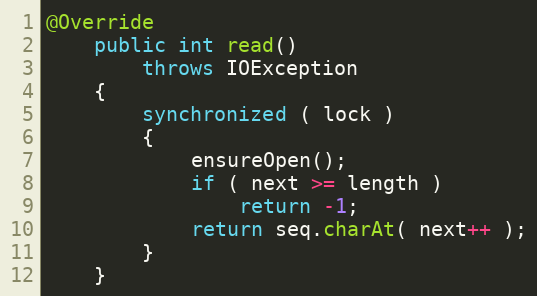
Language: Java
@Override
    public int read()
        throws IOException
    {
        synchronized ( lock )
        {
            ensureOpen();
            if ( next >= length )
                return -1;
            return seq.charAt( next++ );
        }
    }